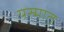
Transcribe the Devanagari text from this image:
यस्मात